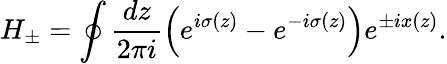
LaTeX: H_{\pm}=\oint\frac{dz}{2\pi i}\left(e^{i\sigma(z)}-e^{-i\sigma(z)}\right)e^{\pm ix(z)}.